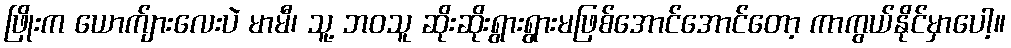
ဖြိုးက ယောက်ျားလေးပဲ မာမီ၊ သူ့ ဘဝသူ ဆိုးဆိုးရွားရွားမဖြစ်အောင်အောင်တော့ ကာကွယ်နိုင်မှာပေါ့။